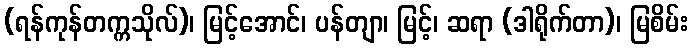
(ရန်ကုန်တက္ကသိုလ်)၊ မြင့်အောင်၊ ပန်တျာ၊ မြင့်၊ ဆရာ (ဒါရိုက်တာ)၊ မြစိမ်း